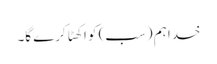
خدا ہم (سب) کو اکھٹا کرے گا۔